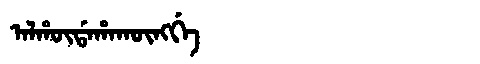
Manchu: ᠠᠯᡥᡡᡩᠠᡥᠠᡴᡡᠩᡤᡝ
Romanization: ALHŪDAHAKŪNGGE